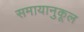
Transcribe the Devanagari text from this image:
समायानुकूल